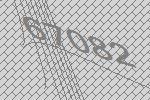
67082